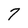
Character: 7